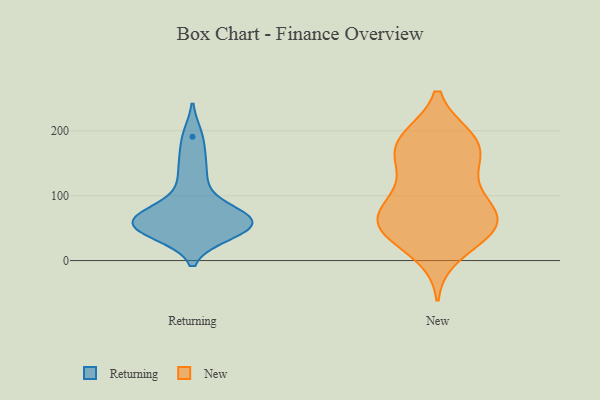
{"axis": {"x": "Shipments", "y": "Value"}, "legend": ["New", "Returning"], "data": [{"x": "", "y": 57, "type": "Returning"}, {"x": "", "y": 69, "type": "Returning"}, {"x": "", "y": 64, "type": "Returning"}, {"x": "", "y": 50, "type": "Returning"}, {"x": "", "y": 72, "type": "Returning"}, {"x": "", "y": 56, "type": "Returning"}, {"x": "", "y": 191, "type": "Returning"}, {"x": "", "y": 118, "type": "Returning"}, {"x": "", "y": 42, "type": "Returning"}, {"x": "", "y": 151, "type": "Returning"}, {"x": "", "y": 54, "type": "Returning"}, {"x": "", "y": 49, "type": "New"}, {"x": "", "y": 188, "type": "New"}, {"x": "", "y": 52, "type": "New"}, {"x": "", "y": 103, "type": "New"}, {"x": "", "y": 75, "type": "New"}, {"x": "", "y": 160, "type": "New"}, {"x": "", "y": 189, "type": "New"}, {"x": "", "y": 148, "type": "New"}, {"x": "", "y": 10, "type": "New"}, {"x": "", "y": 53, "type": "New"}, {"x": "", "y": 39, "type": "New"}, {"x": "", "y": 182, "type": "New"}, {"x": "", "y": 186, "type": "New"}, {"x": "", "y": 52, "type": "New"}, {"x": "", "y": 58, "type": "New"}, {"x": "", "y": 87, "type": "New"}, {"x": "", "y": 144, "type": "New"}, {"x": "", "y": 87, "type": "New"}]}